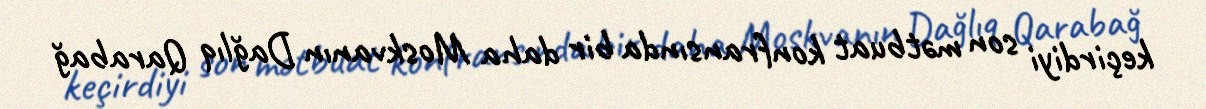
keçirdiyi son mətbuat konfransında bir daha Moskvanın Dağlıq Qarabağ